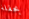
بحفلة